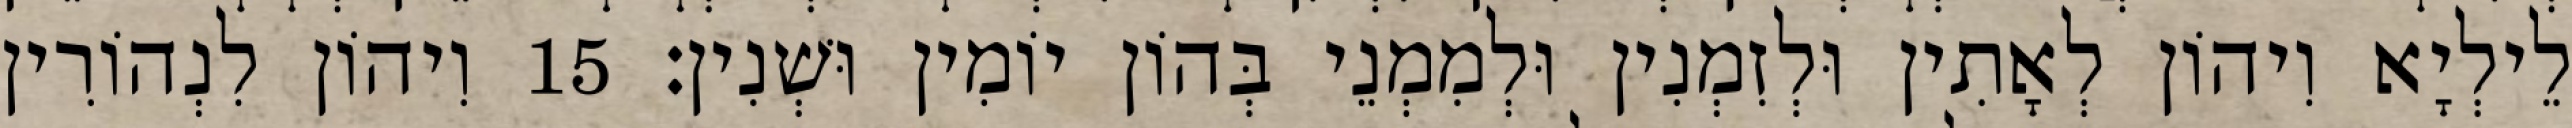
לֵילְיָא וִיהוֹן לְאָתִין וּלְזִמְנִין וּלְמִמְנֵי בְּהוֹן יוֹמִין וּשְׁנִין׃ 15 וִיהוֹן לִנְהוֹרִין